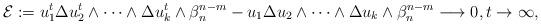
LaTeX: \begin{align*}\mathcal{E}:=u_1^t \Delta u_2^t\wedge\dots\wedge\Delta u_{k }^t \wedge\beta_n^{n-m} -u_1\Delta u_2\wedge\dots\wedge\Delta u_{k }\wedge\beta_n^{n-m}\longrightarrow0, t\to\infty, \end{align*}